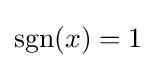
\operatorname {sgn}(x)=1